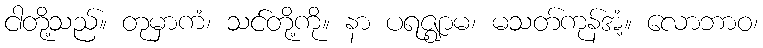
ငါတို့သည်။ တုမှာကံ၊ သင်တို့ကို။ နာ ပရဇ္ဈာမ၊ မသတ်ကုန်အံ့။ လောဘာဝ၊